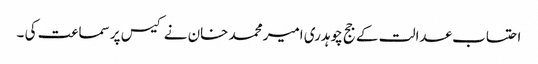
احتساب عدالت کے جج چوہدری امیر محمد خان نے کیس پر سماعت کی ۔